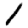
Digit: 1